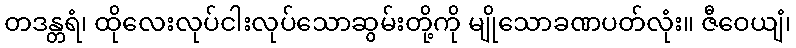
တဒန္တရံ၊ ထိုလေးလုပ်ငါးလုပ်သောဆွမ်းတို့ကို မျိုသောခဏပတ်လုံး။ ဇီဝေယျံ၊